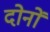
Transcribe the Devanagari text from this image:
दोनों